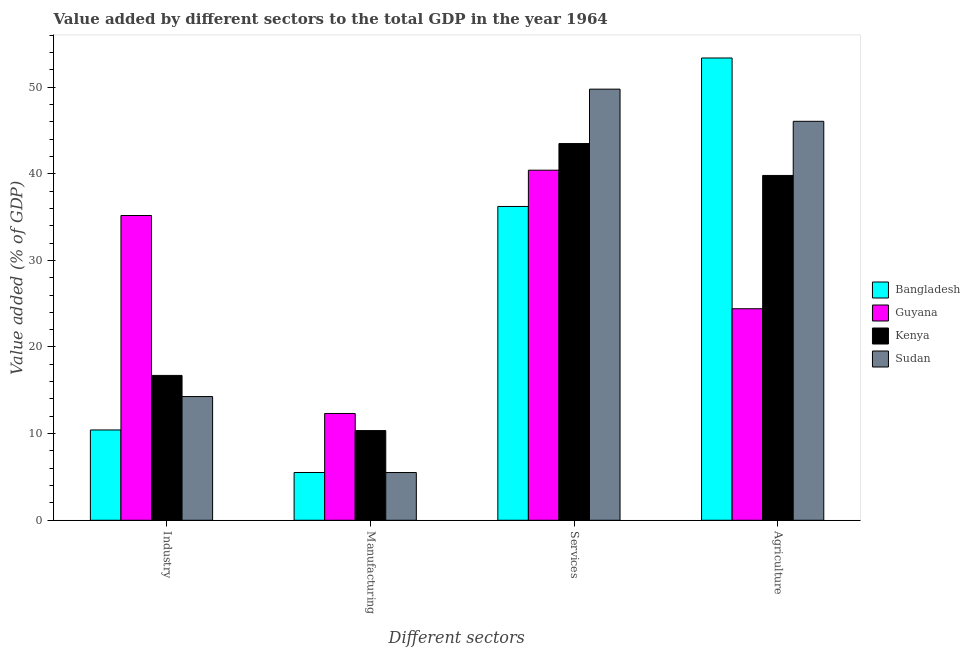
| Different sectors | Bangladesh | Guyana | Kenya | Sudan |
 | --- | --- | --- | --- | --- |
 | Industry | 10.4 | 35.2 | 16.7 | 14.3 |
 | Manufacturing | 5.51 | 12.3 | 10.4 | 5.51 |
 | Services | 36.2 | 40.4 | 43.5 | 49.8 |
 | Agriculture | 53.4 | 24.4 | 39.8 | 46 |